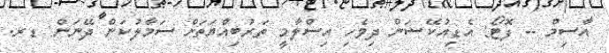
އާސިމް -- ފޮޓޯ: އެޑިއުކޭޝަން ދިވެހި އިސްލާމީ ތަރުބިއްޔަތަށް ސަމާލުކަން ދޭނަން: ޑރ.